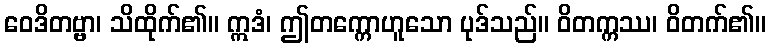
ဝေဒိတဗ္ဗာ၊ သိထိုက်၏။ ဣဒံ၊ ဤတက္ကောဟူသော ပုဒ်သည်။ ဝိတက္ကဿ၊ ဝိတက်၏။